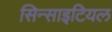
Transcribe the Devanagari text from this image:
सिन्साइटियल